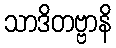
သာဒိတဗ္ဗာနိ